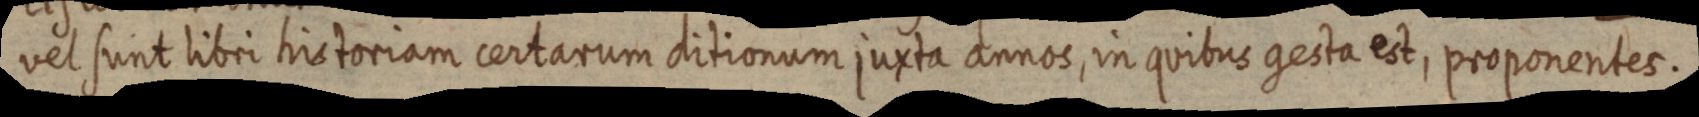
vel sunt libri historiam certarum ditionum juxta annos, in quibus gesta est, proponentes.